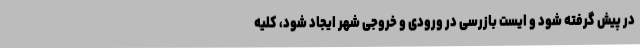
در پیش گرفته شود و ایست بازرسی در ورودی و خروجی شهر ایجاد شود، کلیه